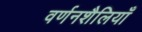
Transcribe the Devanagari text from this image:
वर्णनशैलियाँ